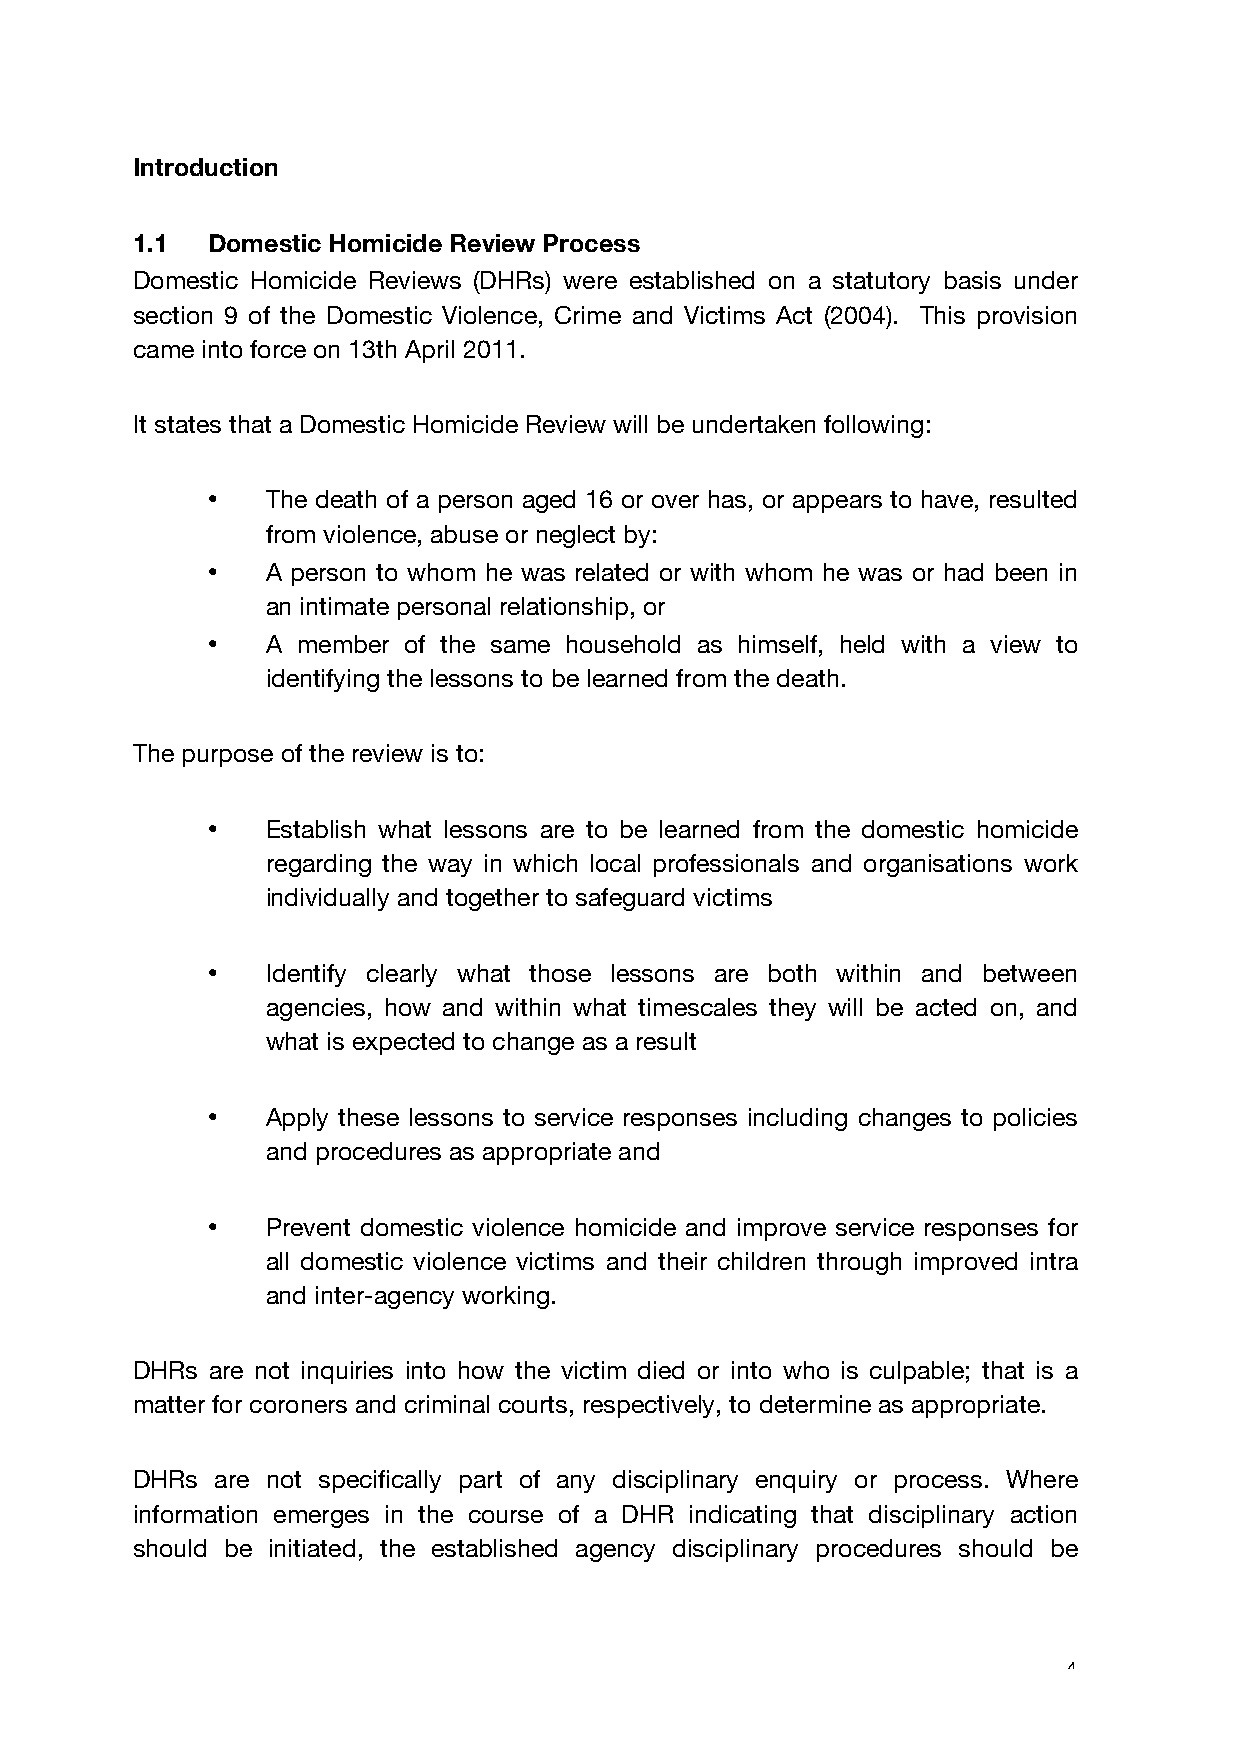
Introduction
 1.1  Domestic Homicide Review Process
 Domestic Homicide Reviews (DHRs) were established on a statutory basis under
 section 9 of the Domestic Violence, Crime and Victims Act (2004). This provision
 came into force on 13th April 2011.
 It states that a Domestic Homicide Review will be undertaken following:
 •   The death of a person aged 16 or over has, or appears to have, resulted
 from violence, abuse or neglect by:
 •   A person to whom he was related or with whom he was or had been in
 an intimate personal relationship, or
 •   A member of the same household as himself, held with a view to
 identifying the lessons to be learned from the death.
 The purpose of the review is to:
 •   Establish what lessons are to be learned from the domestic homicide
 regarding the way in which local professionals and organisations work
 individually and together to safeguard victims
 •   Identify clearly what those lessons are both within and between
 agencies, how and within what timescales they will be acted on, and
 what is expected to change as a result
 •   Apply these lessons to service responses including changes to policies
 and procedures as appropriate and
 •   Prevent domestic violence homicide and improve service responses for
 all domestic violence victims and their children through improved intra
 and inter-agency working.
 DHRs are not inquiries into how the victim died or into who is culpable; that is a
 matter for coroners and criminal courts, respectively, to determine as appropriate.
 DHRs are not specifically part of any disciplinary enquiry or process. Where
 information emerges in the course of a DHR indicating that disciplinary action
 should be initiated, the established agency disciplinary procedures should be
 4